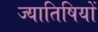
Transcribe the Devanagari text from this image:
ज्यातिषियों